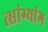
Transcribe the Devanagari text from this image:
त्सांग्यांग